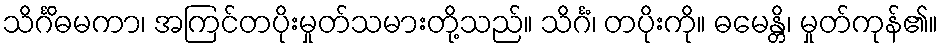
သိင်္ဂိဓမကာ၊ အကြင်တပိုးမှုတ်သမားတို့သည်။ သိင်္ဂံ၊ တပိုးကို။ ဓမေန္တိ၊ မှုတ်ကုန်၏။